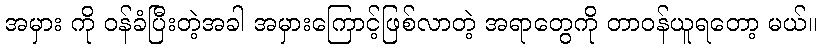
အမှား ကို ဝန်ခံပြီးတဲ့အခါ အမှားကြောင့်ဖြစ်လာတဲ့ အရာတွေကို တာဝန်ယူရတော့ မယ်။